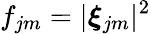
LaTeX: f_{jm}=|\boldsymbol{\xi}_{jm}|^{2}